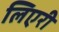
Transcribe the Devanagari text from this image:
लिएरी